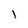
Character: l